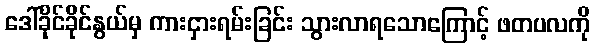
ဒေါ်ခိုင်ခိုင်နွယ်မှ ကားငှားရမ်းခြင်း သွားလာရသောကြောင့် ဖတပလကို